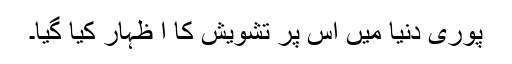
پوری دنیا میں اس پر تشویش کا ا ظہار کیا گیا۔